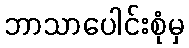
ဘာသာပေါင်းစုံမှ